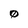
Character: 0